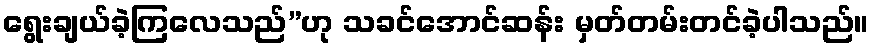
ရွေးချယ်ခဲ့ကြလေသည်”ဟု သခင်အောင်ဆန်း မှတ်တမ်းတင်ခဲ့ပါသည်။